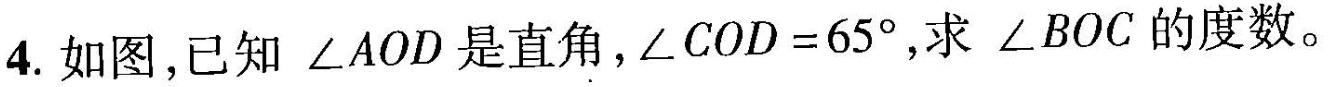
4.如图，已知∠AOD是直角，$$∠ C O D = 6 5 °$$，求∠BOC的度数。